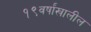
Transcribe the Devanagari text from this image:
१९वर्षांखालील